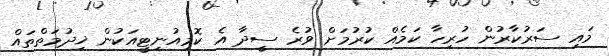
މައި ސަރުކާރުން ހުރިހާ ކަމެއް ކުރުމަށް ވުރެ ސީދާ އެ ކޮމިއުނިޓީއަކުން ޚިދުމަތްތައް